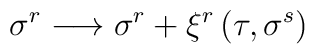
\sigma ^{r}\longrightarrow \sigma ^{r}+\xi ^{r}\left( \tau ,\sigma^{s}\right)